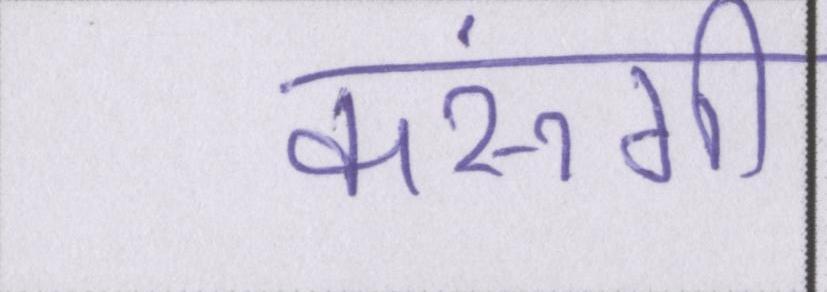
करूंगी